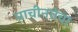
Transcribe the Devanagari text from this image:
प्राचीनतेचा